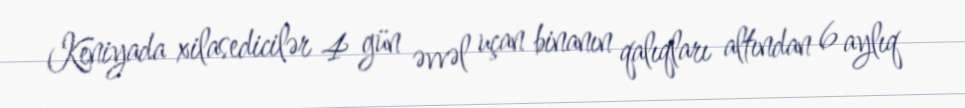
Keniyada xilasedicilər 4 gün əvvəl uçan binanın qalıqları altından 6 aylıq